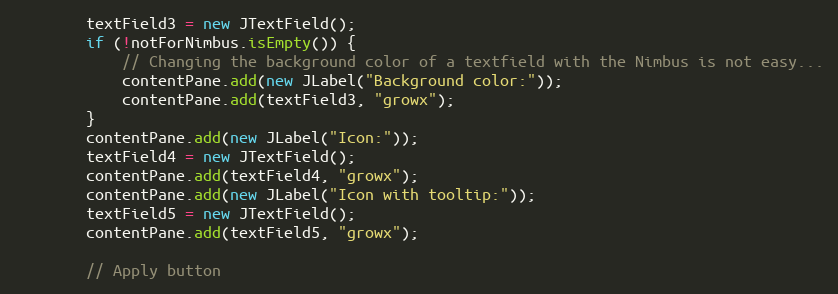
Language: Java
        textField3 = new JTextField();
        if (!notForNimbus.isEmpty()) {
            // Changing the background color of a textfield with the Nimbus is not easy...
            contentPane.add(new JLabel("Background color:"));
            contentPane.add(textField3, "growx");
        }
        contentPane.add(new JLabel("Icon:"));
        textField4 = new JTextField();
        contentPane.add(textField4, "growx");
        contentPane.add(new JLabel("Icon with tooltip:"));
        textField5 = new JTextField();
        contentPane.add(textField5, "growx");

        // Apply button